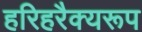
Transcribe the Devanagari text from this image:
हरिहरैक्यरूप